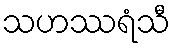
သဟဿရံသီ